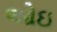
ઓઇ